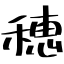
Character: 穂